Report on the Nagpur School of Medicine, Central Provinces
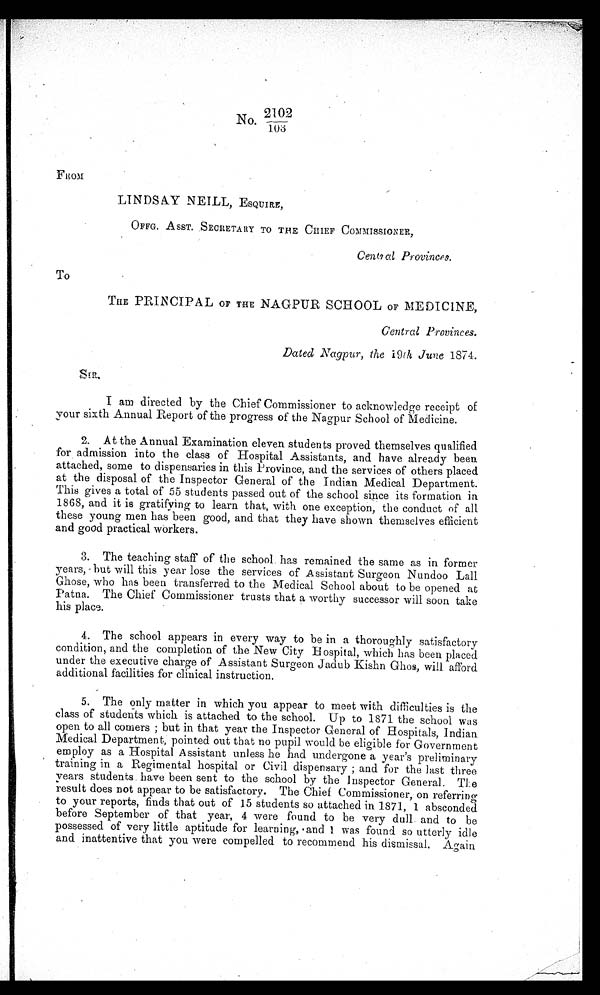
2102
No.
103
FROM
LINDSAY NEILL, ESQUIRE,
OFFG. ASST. SECRETARY TO THE CHIEF COMMISSIONER,
Central Provinces.
TO
THE PRINCIPAL OF THE NAGPUR SCHOOL OF MEDICINE,
Central Provinces.
Dated Nagpur, the 19 th June 1874.
SIR,
I am directed by the Chief Commissioner to acknowledge receipt of
your sixth Annual Report of the progress of the Nagpur School of Medicine.
2. At the Annual Examination eleven students proved themselves qualified
for admission into the class of Hospital Assistants, and have already been
attached, some to dispensaries in this Province, and the services of others placed
at the disposal of the Inspector General of the Indian Medical Department.
This gives a total of 55 students passed out of the school since its formation in
1868, and it is gratifying to learn that, with one exception, the conduct of all
these young men has been good, and that they have shown themselves efficient
and good practical workers.
3. The teaching staff of the school has remained the same as in former
years, but will this year lose the services of Assistant Surgeon Nundoo Lall
Ghose, who has been transferred to the Medical School about to be opened at
Patna. The Chief Commissioner trusts that a worthy successor will soon take
his place.
4. The school appears in every way to be in a thoroughly satisfactory
condition, and the completion of the New City Hospital, which has been placed
under the executive charge of Assistant Surgeon Jadub Kishn Ghost, will afford
additional facilities for clinical instruction.
5. The only matter in which you appear to meet with difficulties is the
class of students which is attached to the school. Up to 1871 the school was
open to all comers; but in that year the Inspector General of Hospitals, Indian
Medical Department, pointed out that no pupil would be eligible for Government
employ as a Hospital Assistant unless he had undergone a year's preliminary
training in a Regimental hospital or Civil dispensary; and for the last three
y e a r s s t u d e n t s h a v e b e e n s e n t t o t h e s c h o o l b y t h e I n s p e c t o r G e n e r a l .T
h e
result does not appear to be satisfactory. The Chief Commissioner, on referring
to your reports, finds that out of 15 students so attached in 1871, 1 absconded
before September of that year, 4 were found to be very dull. and to be
possessed of very little aptitude for learning, and I was found so utterly idle
and inattentive that you were compelled to recommend his dismissal. Again